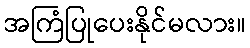
အကြံပြုပေးနိုင်မလား။